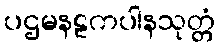
ပဌမနဠကပါနသုတ္တံ